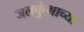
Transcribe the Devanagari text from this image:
जलकुंभाच्या